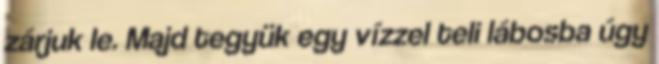
zárjuk le. Majd tegyük egy vízzel teli lábosba úgy